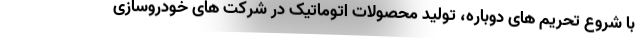
با شروع تحریم های دوباره، تولید محصولات اتوماتیک در شرکت های خودروسازی